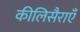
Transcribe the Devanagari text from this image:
कीलिसैराएँ